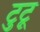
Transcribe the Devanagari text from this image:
टुटू